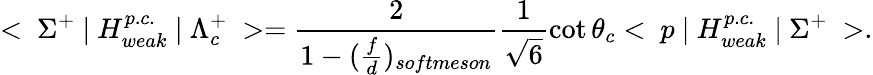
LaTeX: <~\Sigma^{+}~|~H_{weak}^{p.c.}~|~\Lambda_{c}^{+}~>=\frac{2}{1-(\frac{f}{d})_{softmeson}}\frac{1}{\sqrt{6}}\cot\theta_{c}<~p~|~H_{weak}^{p.c.}~|~\Sigma^{+}~>.